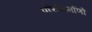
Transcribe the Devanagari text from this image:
परिनिर्माणों